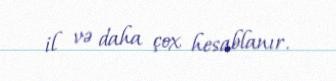
il və daha çox hesablanır.